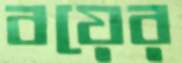
বয়ের